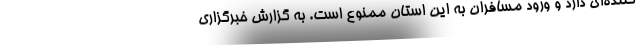
کننده‌ای دارد و ورود مسافران به این استان ممنوع است. به گزارش خبرگزاری